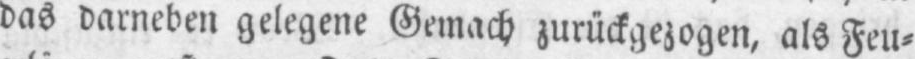
das darneben gelegene Gemach zurückgezogen, als Feu⸗